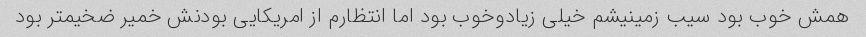
همش خوب بود سیب زمینیشم خیلی زیادو‌خوب بود اما انتظارم از امریکایی بودنش خمیر ضخیمتر بود